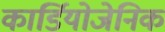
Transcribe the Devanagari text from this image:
कार्डियोजेनिक